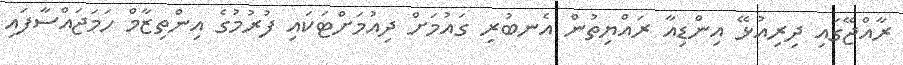
ރާއްޖޭގައި ދިރިއުޅޭ އިންޑިއާ ރައްޔިތުން އެނބުރި ގައުމަށް ދިއުމަށްޓަކައި ފުރުމުގެ އިންތިޒާމް ހަމަޖައްސާފައި